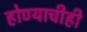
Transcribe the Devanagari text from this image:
होण्याचीही